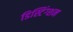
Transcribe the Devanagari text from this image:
डिस्टिंग्शन